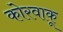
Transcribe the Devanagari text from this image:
कोरवाकू